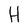
Character: H